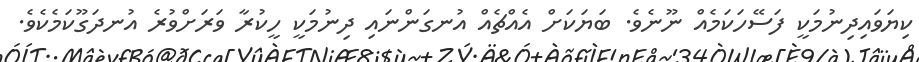
ކިޔަވައިދިނުމަކީ ފަސޭހަކަމެއް ނޫނެވެ. ބަޔަކަށް އެއްޗެއް އުނގަންނައި ދިނުމަކީ ހީކުރާ ވަރަށްވުރެ އުނދަގޫކަމެކެވެ.